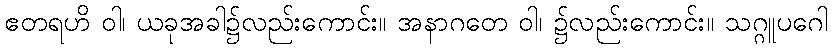
ဧတရဟိ ဝါ၊ ယခုအခါ၌လည်းကောင်း။ အနာဂတေ ဝါ၊ ၌လည်းကောင်း။ သဂ္ဂူပဂေါ